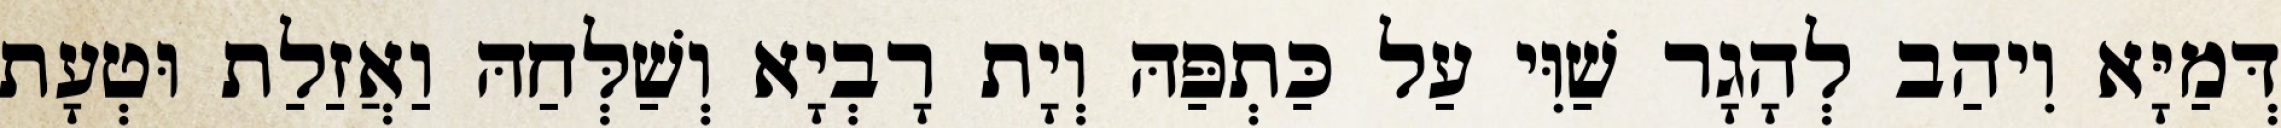
דְּמַיָּא וִיהַב לְהָגָר שַׁוִּי עַל כַּתְפַּהּ וְיָת רָבְיָא וְשַׁלְּחַהּ וַאֲזַלַת וּטְעָת